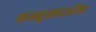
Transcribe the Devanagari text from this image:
सम्मुखदर्शन